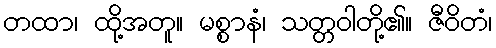
တထာ၊ ထို့အတူ။ မစ္စာနံ၊ သတ္တဝါတို့၏။ ဇီဝိတံ၊